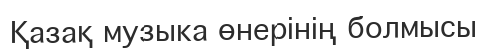
Қазақ музыка өнерінің болмысы